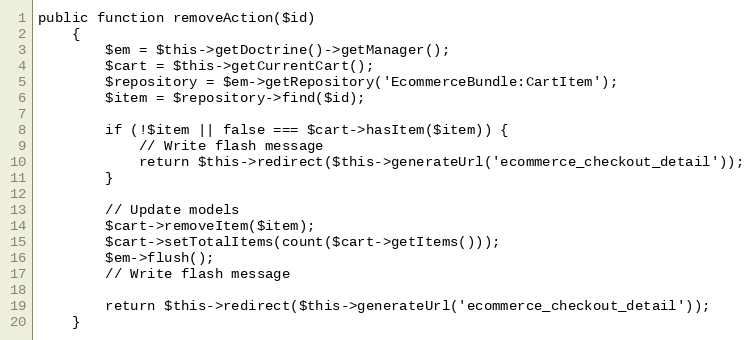
Language: PHP
public function removeAction($id)
    {
        $em = $this->getDoctrine()->getManager();
        $cart = $this->getCurrentCart();
        $repository = $em->getRepository('EcommerceBundle:CartItem');
        $item = $repository->find($id);

        if (!$item || false === $cart->hasItem($item)) {
            // Write flash message
            return $this->redirect($this->generateUrl('ecommerce_checkout_detail'));
        }

        // Update models
        $cart->removeItem($item);
        $cart->setTotalItems(count($cart->getItems()));
        $em->flush();
        // Write flash message

        return $this->redirect($this->generateUrl('ecommerce_checkout_detail'));
    }